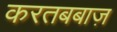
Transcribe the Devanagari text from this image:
करतबबाज़